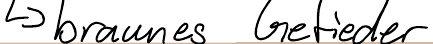
-> braunes Gefieder